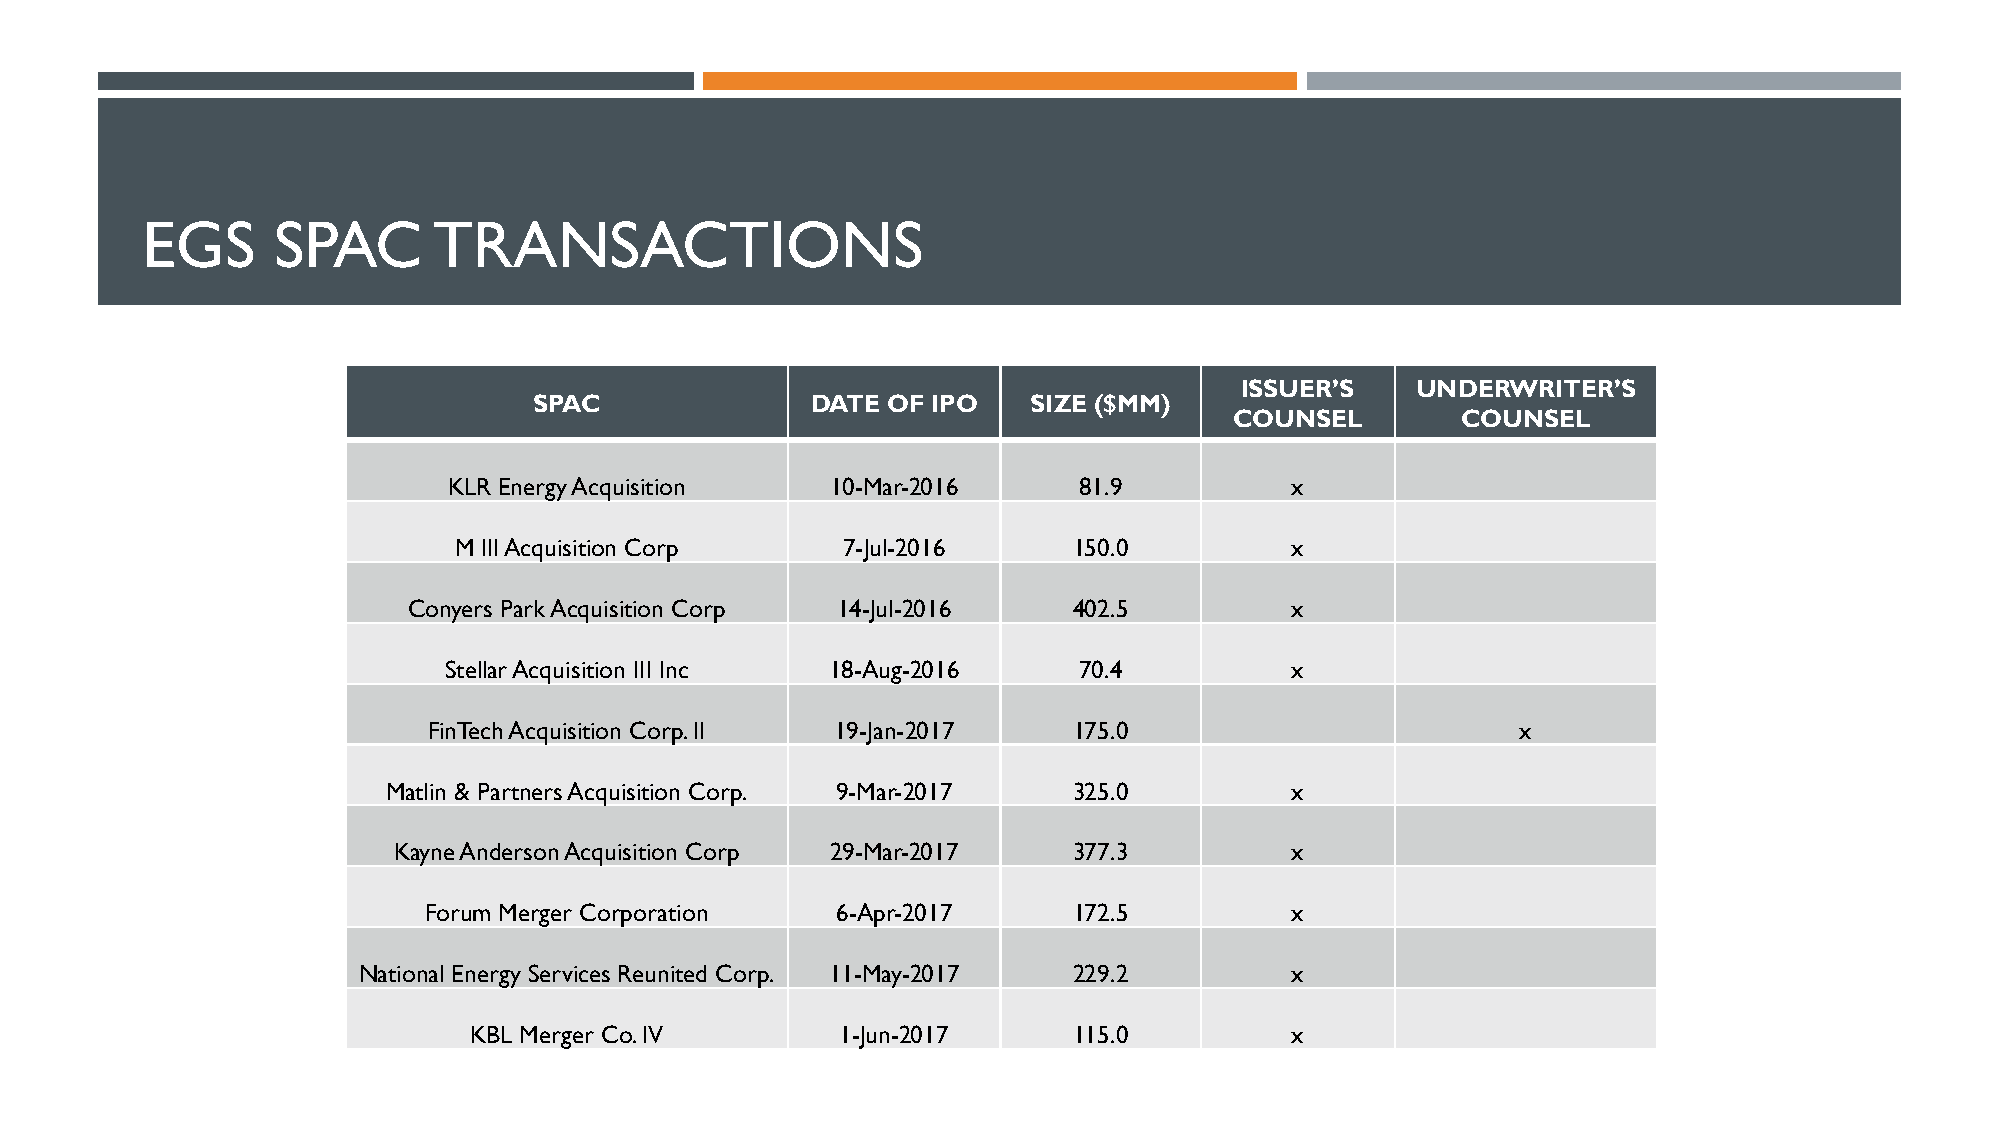
EGS      SPAC       TRANSACTIONS
 ISSUER’S    UNDERWRITER’S
 SPAC               DATE OF IPO   SIZE ($MM)
 COUNSEL        COUNSEL
 KLR Energy Acquisition   10-Mar-2016     81.9          x
 M III Acquisition Corp    7-Jul-2016     150.0         x
 Conyers Park Acquisition Corp 14-Jul-2016   402.5         x
 Stellar Acquisition III Inc 18-Aug-2016   70.4          x
 FinTech Acquisition Corp. II 19-Jan-2017   175.0                         x
 Matlin & Partners Acquisition Corp. 9-Mar-2017 325.0       x
 Kayne Anderson Acquisition Corp 29-Mar-2017  377.3         x
 Forum Merger Corporation   6-Apr-2017      172.5         x
 National Energy Services Reunited Corp. 11-May-2017 229.2    x
 KBL Merger Co. IV        1-Jun-2017     115.0         x